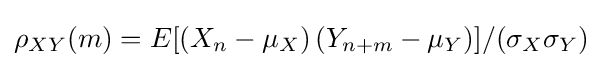
\rho _{XY}(m)=E[(X_{n}-\mu _{X})\,(Y_{n+m}-\mu _{Y})]/(\sigma _{X}\sigma _{Y})